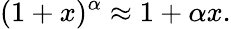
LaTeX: (1+x)^{\alpha}\approx 1+\alpha x.